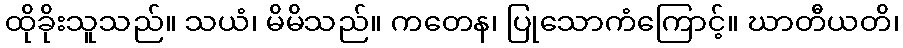
ထိုခိုးသူသည်။ သယံ၊ မိမိသည်။ ကတေန၊ ပြုသောကံကြောင့်။ ဃာတီယတိ၊